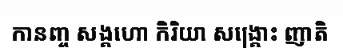
កានញ្ច សង្គហោ កិរិយា សង្គ្រោះ ញាតិ